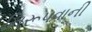
નિરૂપવાની